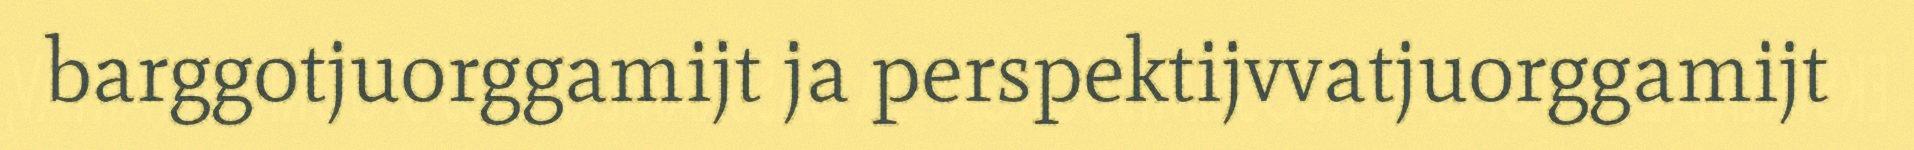
barggotjuorggamijt ja perspektijvvatjuorggamijt